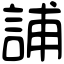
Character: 誧